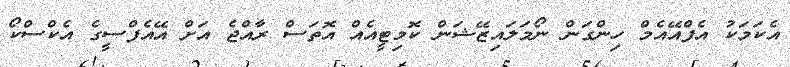
އެކަމަކު އެފްއޭއެމް ހިންގަން ނޯމަލައިޒޭޝަން ކޮމިޓީއެއް އޮތަސް ރާއްޖެ އަށް އޭއެފްސީގެ އެކްސްކޯ